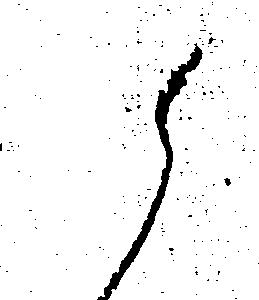
候